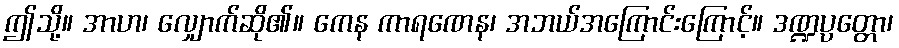
ဤသို့။ အာဟ၊ လျှောက်ဆို၏။ ကေန ကာရဏေန၊ အဘယ်အကြောင်းကြောင့်။ ဒဏ္ဍပ္ပတ္တော၊